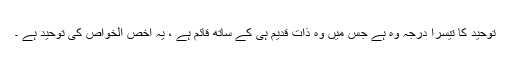
توحید کا تیسرا درجہ وہ ہے جس میں وہ ذات قدیم ہی کے ساتھ قائم ہے ، یہ اخص الخواص کی توحید ہے ۔